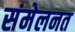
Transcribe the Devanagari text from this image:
संमेलनत